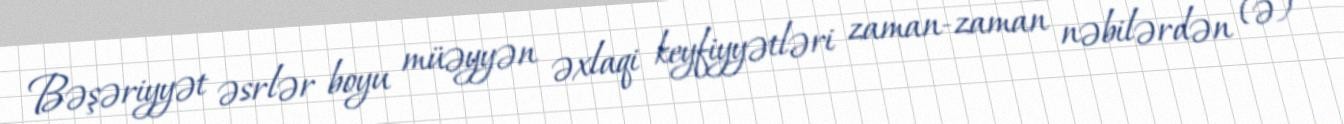
Bəşəriyyət əsrlər boyu müəyyən əxlaqi keyfiyyətləri zaman-zaman nəbilərdən (ə)